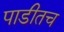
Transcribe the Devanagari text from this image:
पाडीतच